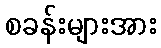
စခန်းများအား